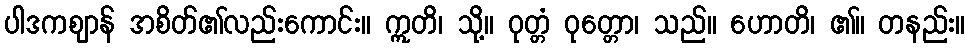
ပါဒကဈာန် အစိတ်၏လည်းကောင်း။ ဣတိ၊ သို့။ ဝုတ္တံ ဝုတ္တော၊ သည်။ ဟောတိ၊ ၏။ တနည်း။